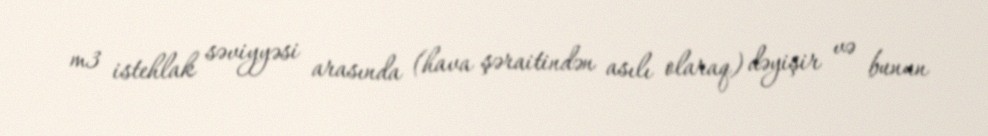
m3 istehlak səviyyəsi arasında (hava şəraitindən asılı olaraq) dəyişir və bunun